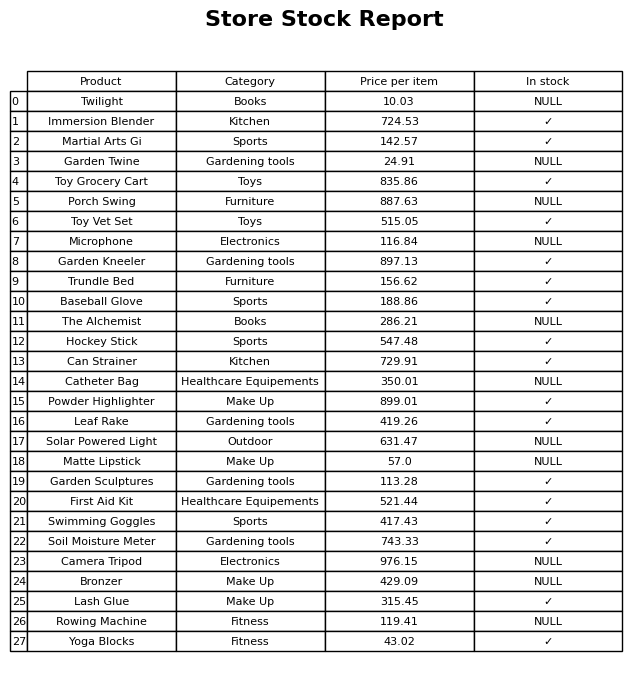
question: What is the price of the Leaf Rake?
answer: The price of Leaf Rake is 419.26.